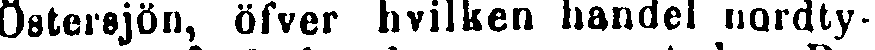
Östersjön, öfver hvilken handel nordty-